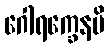
ဂေါရက္ခေနပိ